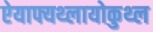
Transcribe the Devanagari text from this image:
ऐयाफ्यथ्लायोकुथ्ल